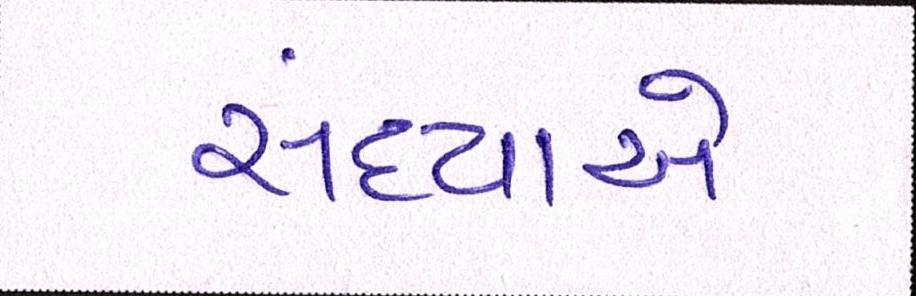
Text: સંધ્યાએ